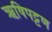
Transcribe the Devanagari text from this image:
ऋषिपट्टण